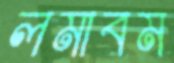
লমাবম